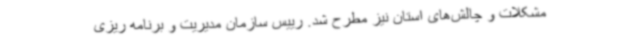
مشکلات و چالش‌های استان نیز مطرح شد. رییس سازمان مدیریت و برنامه ریزی